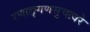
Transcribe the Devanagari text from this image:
रणाङ्गणसुचत्वरे